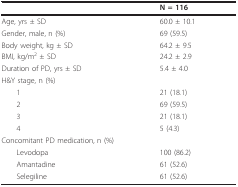
|  | N = 116 |
 | --- | --- |
 | Age, yrs ± SD | 60.0 ± 10.1 |
 | Gender, male, n (%) | 69 (59.5) |
 | Body weight, kg ± SD | 64.2 ± 9.5 |
 | BMI, kg/m2 ± SD | 24.2 ± 2.9 |
 | Duration of PD, yrs ± SD | 5.4 ± 4.0 |
 | H&Y stage, n (%) |  |
 | 1 | 21 (18.1) |
 | 2 | 69 (59.5) |
 | 3 | 21 (18.1) |
 | 4 | 5 (4.3) |
 | Concomitant PD medication, n (%) |  |
 | Levodopa | 100 (86.2) |
 | Amantadine | 61 (52.6) |
 | Selegiline | 61 (52.6) |